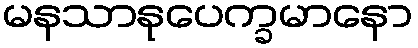
မနသာနုပေက္ခမာနော